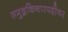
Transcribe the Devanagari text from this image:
समुद्रकिनारपट्टीवर